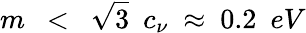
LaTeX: m\ \ <\ \ \sqrt{3}\ \ c_{\nu}\ \approx\ 0.2\ \ eV